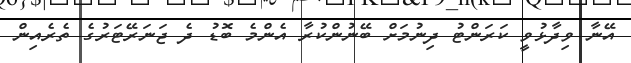
އޭނާ ވިދާޅުވީ ކަރަންޓު ދިނުމަށް ބޭނުންކުރާ އެންމެ ބޮޑު ދެ ޖަނަރޭޓަރުގެ ތެރެއިން